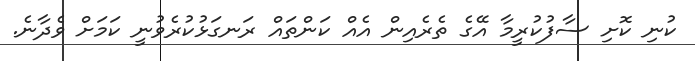
ކުނި ކޮށި ސާފުކުރީމާ އޭގެ ތެރެއިން އެއް ކަންތައް ރަނގަޅުކުރެވުނީ ކަމަށް ވެދާނެ.